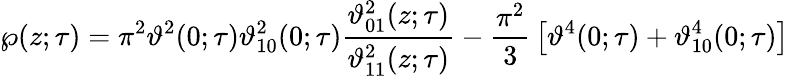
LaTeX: \wp(z;\tau)=\pi^{2}\vartheta^{2}(0;\tau)\vartheta_{10}^{2}(0;\tau){\frac{\vartheta_{01}^{2}(z;\tau)}{\vartheta_{11}^{2}(z;\tau)}}-{\frac{\pi^{2}}{3}}\left[\vartheta^{4}(0;\tau)+\vartheta_{10}^{4}(0;\tau)\right]